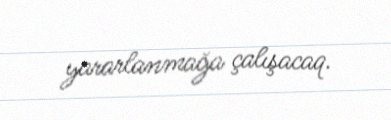
yararlanmağa çalışacaq.